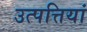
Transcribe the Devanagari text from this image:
उत्पत्तियां